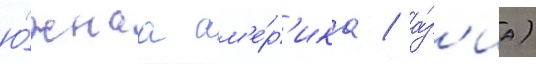
ю́жнаа ам'е́р'ика / а́з'иа)